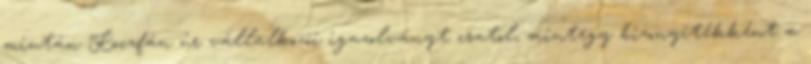
miután Koczfán úr vállalkozói igazolványt csatol, mintegy bizonyítékként a